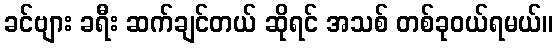
ခင်ဗျား ခရီး ဆက်ချင်တယ် ဆိုရင် အသစ် တစ်ခုဝယ်ရမယ်။